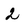
Character: 2